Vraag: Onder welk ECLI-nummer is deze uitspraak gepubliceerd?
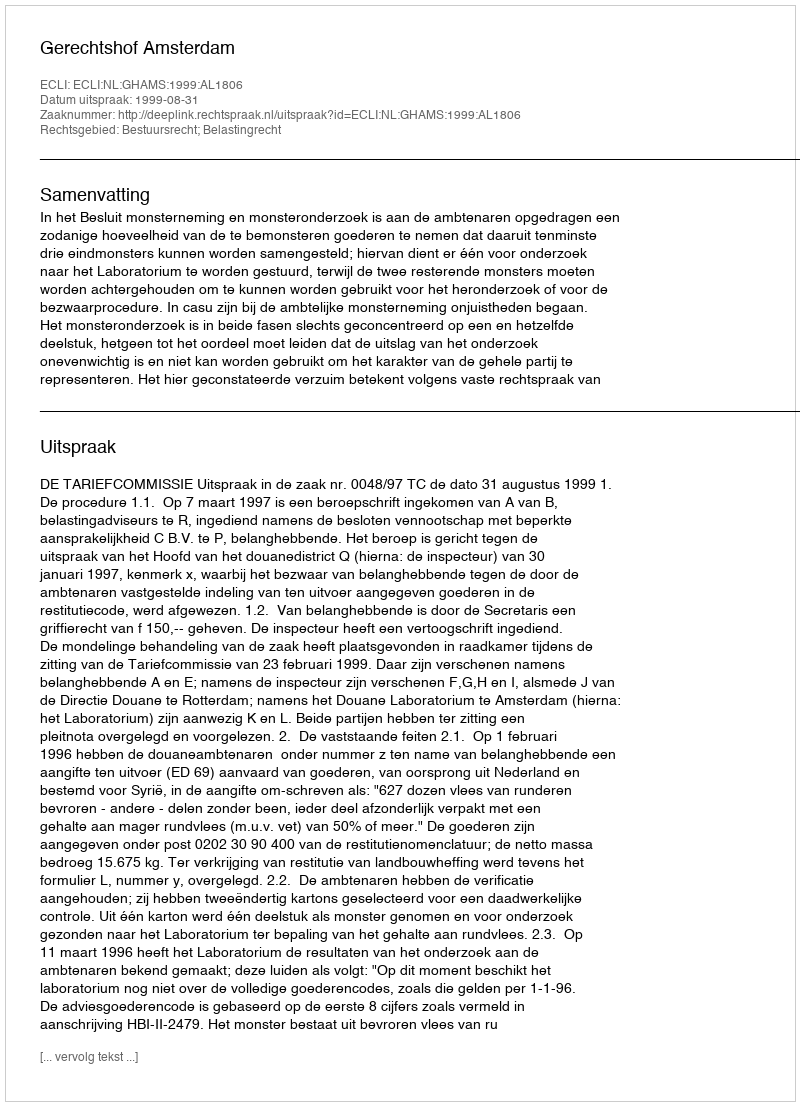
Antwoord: ECLI:NL:GHAMS:1999:AL1806